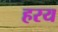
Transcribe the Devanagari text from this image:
हरय